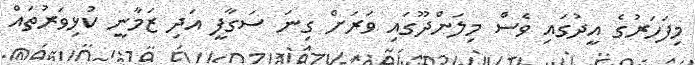
މިފަހަރުގެ އީދުގައި ވެސް މިލަންދޫގައި ވަރަށް ގިނަ ސަގާފީ އަދި ޒަމާނީ ކުޅިވަރުތައް